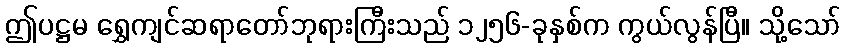
ဤပဋ္ဌမ ရွှေကျင်ဆရာတော်ဘုရားကြီးသည် ၁၂၅၆-ခုနှစ်က ကွယ်လွန်ပြီ။ သို့သော်